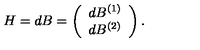
H = d B = \left( \begin{array} { c c } { d B ^ { ( 1 ) } } \\ { d B ^ { ( 2 ) } } \\ \end{array} \right) .